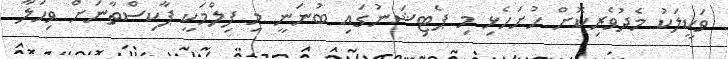
ވަކީލަކު މެދުވެރިކޮށް ހުށަހެޅި މި ޕެޓިޝަނުގައި ބުނަނީ މި ފިލްމަކީ ޕާކިސްތާނަށް ވިހަލާ